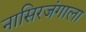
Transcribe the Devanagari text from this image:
नासिरजंगाला